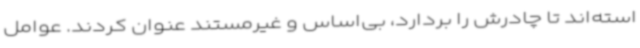
استه‌اند تا چادرش را بردارد، بی‌اساس و غیرمستند عنوان کردند. عوامل